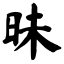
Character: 昧